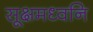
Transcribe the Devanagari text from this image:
सूक्षमध्वनि